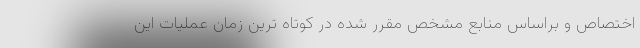
اختصاص و براساس منابع مشخص مقرر شده در کوتاه ترین زمان عملیات این